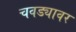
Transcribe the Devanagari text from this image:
चवड्यावर